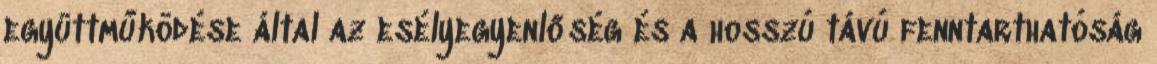
együttműködése által az esélyegyenlőség és a hosszú távú fenntarthatóság